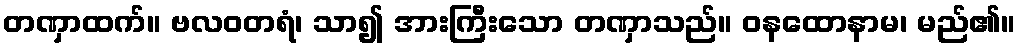
တဏှာထက်။ ဗလဝတရံ၊ သာ၍ အားကြီးသော တဏှာသည်။ ဝနထောနာမ၊ မည်၏။